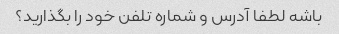
باشه لطفا آدرس و شماره تلفن خود را بگذارید؟